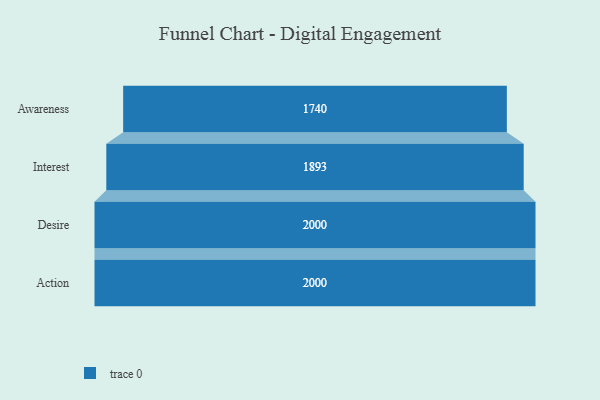
{"axis": {"x": "Stage", "y": "Value"}, "legend": [""], "data": [{"x": "Awareness", "y": 1740.0, "type": ""}, {"x": "Interest", "y": 1893.0, "type": ""}, {"x": "Desire", "y": 2000, "type": ""}, {"x": "Action", "y": 2000, "type": ""}]}